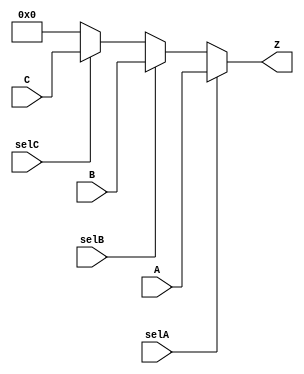
module task2_18(A, B, C, selA, selB, selC, Z);
    input [7:0] A, B, C;
    input selA, selB, selC;
    output [7:0] Z;
    assign Z = selA ? A : (selB ? B : (selC ? C : 8'b0));
endmodule